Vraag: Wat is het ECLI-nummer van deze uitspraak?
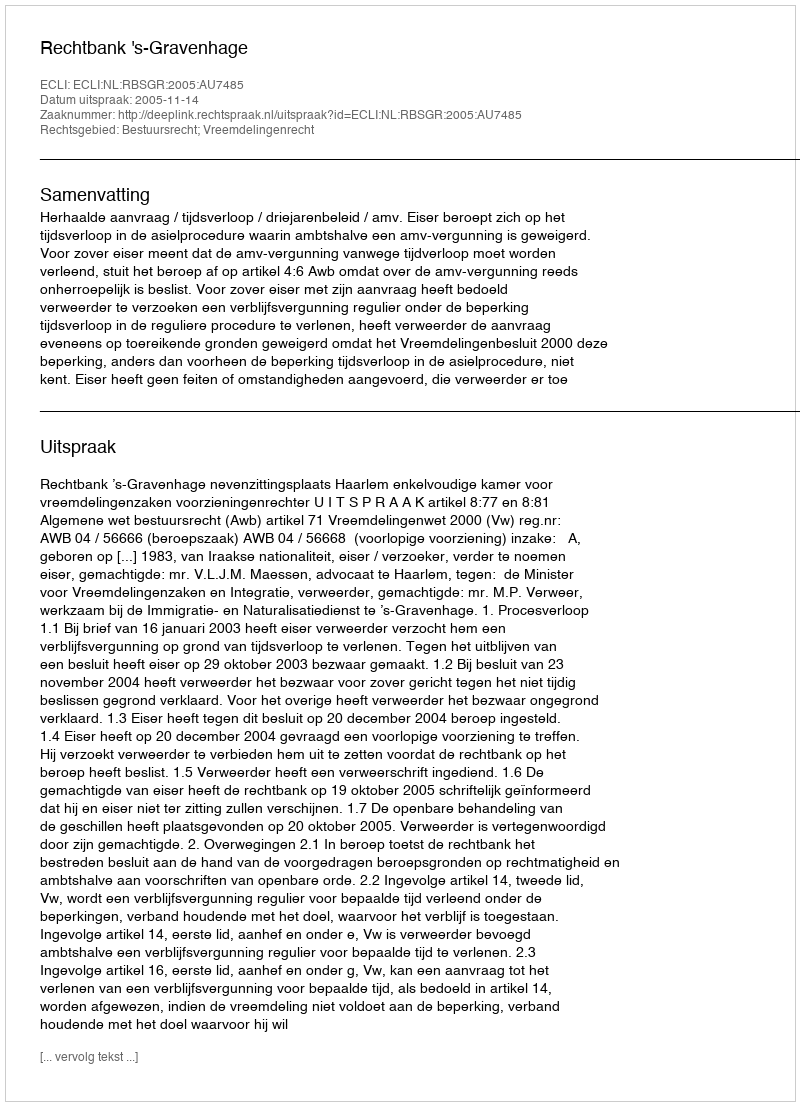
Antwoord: ECLI:NL:RBSGR:2005:AU7485